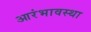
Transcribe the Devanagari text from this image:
आरंभावस्था